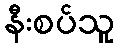
နီးစပ်သူ